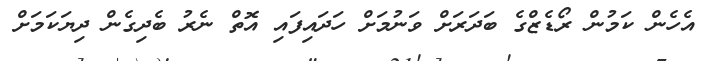
އެހެން ކަމުން ރޯޑެޒްގެ ބަދަރަށް ވަނުމަށް ހަދައިފައި އޮތް ނެރު ބެދިގެން ދިޔަކަމަށް